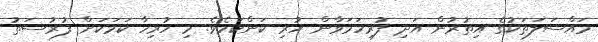
މައްސަލަތަކުގެ އިތުރުން އަދި ފުރިހަމަވާން ހުރި ކަންކަމެވެ. މި ހުރިހާ ކަމަކަށް ފުރުސަތު